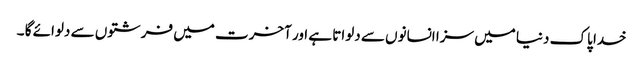
خدا پاک دنیا میں سزا انسانوں سے دلواتا ہے اور آخرت میں فرشتوں سے دلوائے گا ۔